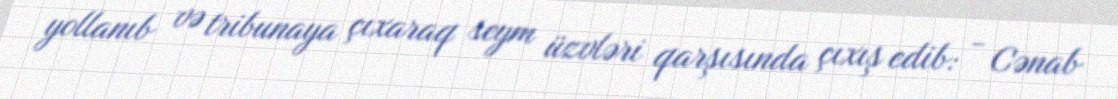
yollanıb və tribunaya çıxaraq seym üzvləri qarşısında çıxış edib: - Cənab